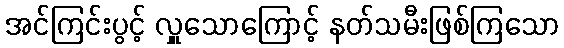
အင်ကြင်းပွင့် လှူသောကြောင့် နတ်သမီးဖြစ်ကြသော